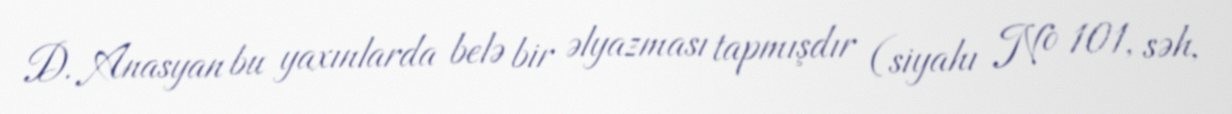
D. Anasyan bu yaxınlarda belə bir əlyazması tapmışdır (siyahı № 101, səh,